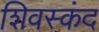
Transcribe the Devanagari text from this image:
शिवस्कंद